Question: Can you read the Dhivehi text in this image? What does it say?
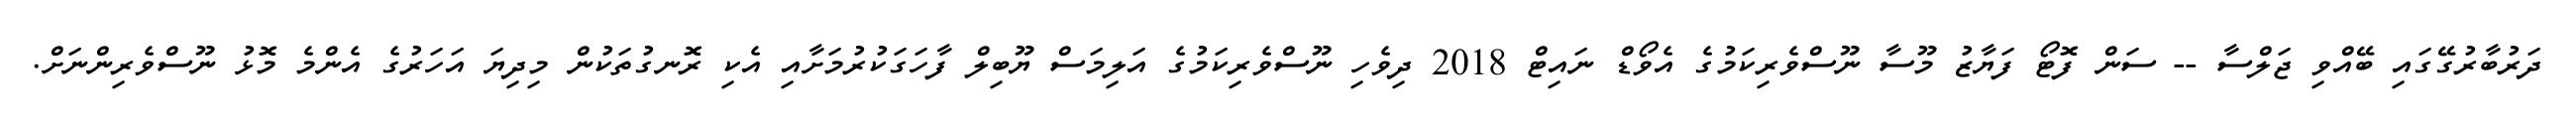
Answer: ދަރުބާރުގޭގައި ބޭއްވި ޖަލްސާ -- ސަން ފޮޓޯ ފަޔާޒު މޫސާ ނޫސްވެރިކަމުގެ އެވޯޑް ނައިޓް 2018 ދިވެހި ނޫސްވެރިކަމުގެ އަލިމަސް ޔޫބިލް ފާހަގަކުރުމަށާއި އެކި ރޮނގުތަކުން މިދިޔަ އަހަރުގެ އެންމެ މޮޅު ނޫސްވެރިންނަށް.